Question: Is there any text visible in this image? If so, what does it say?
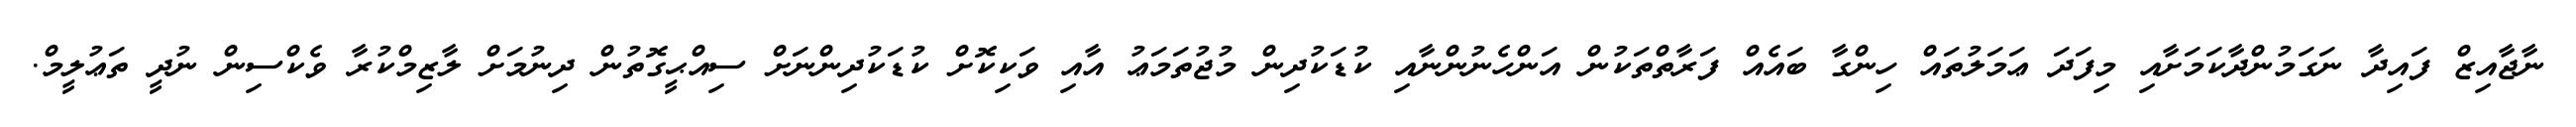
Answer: ނާޖާއިޒް ފައިދާ ނަގަމުންދާކަމަށާއި މިފަދަ ޢަމަލުތައް ހިންގާ ބައެއް ފަރާތްތަކުން އަންހެނުންނާއި ކުޑަކުދިން މުޖުތަމަޢު އާއި ވަކިކޮށް ކުޑަކުދިންނަށް ސިއްޙީގޮތުން ދިނުމަށް ލާޒިމްކުރާ ވެކްސިން ނުދީ ތަޢުލީމް.